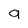
Character: 9